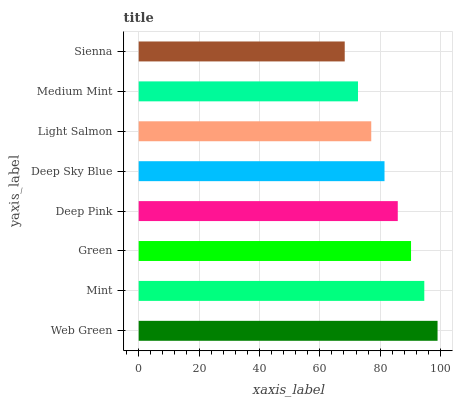
| yaxis_label | bars |
 | --- | --- |
 | Web Green | 99 |
 | Mint | 94.6 |
 | Green | 90.2 |
 | Deep Pink | 85.8 |
 | Deep Sky Blue | 81.4 |
 | Light Salmon | 77 |
 | Medium Mint | 72.6 |
 | Sienna | 68.3 |